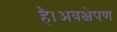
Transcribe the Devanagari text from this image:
है।अवक्षेपण